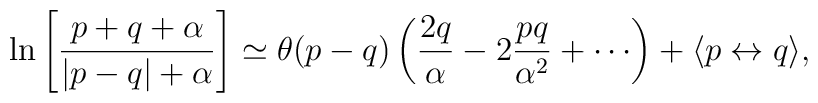
\ln\left[ \frac{p+q+\alpha}{|p-q|+\alpha} \right] \simeq \theta(p-q) \left( \frac{2q}{\alpha} - 2\frac{pq}{\alpha^2} +\cdots \right)+ \langle p\leftrightarrow q\rangle,